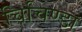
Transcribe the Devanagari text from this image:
चिचिण्डा